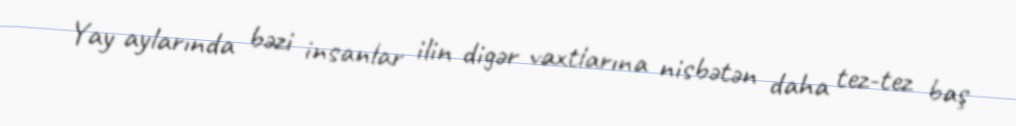
Yay aylarında bəzi insanlar ilin digər vaxtlarına nisbətən daha tez-tez baş